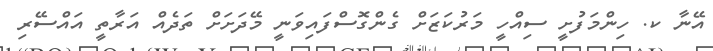
އޭނާ ކ. ހިންމަފުށީ ސިއްހީ މަރުކަޒަށް ގެންގޮސްފައިވަނީ މޭދަށަށް ތަދެއް އަރާތީ އައްސޭރި